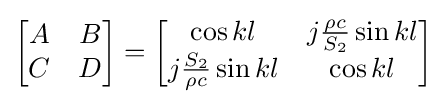
{\begin{bmatrix}A&B\\C&D\end{bmatrix}}={\begin{bmatrix}{\cos kl}&{j{\rho c \over S_{2}}\sin kl}\\{j{S_{2} \over \rho c}\sin kl}&{\cos kl}\end{bmatrix}}